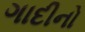
ગાદીનો